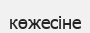
көжесіне